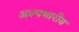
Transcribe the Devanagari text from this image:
अल्पभारीय